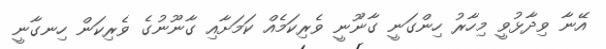
އޭނާ ވިދާޅުވީ މިހާރު ހިންގަނީ ގާނޫނީ ވެރިކަމެއް ކަމަށާއި ގާނޫނުގެ ވެރިކަން ހިނގާނީ